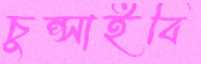
চুপ্‌সাইবি